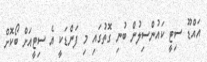
އައްޑޫ ސިޓީ ކައުންސިލުން ބުނި ގޮތުގައި މި ފަންޑަކީ އެ ސިޓީއަށް ބޯކޮށް